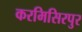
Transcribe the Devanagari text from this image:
करमिसिरपुर